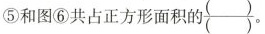
⑤和图⑥共占正方形面积的\frac{（） }{（） } 。